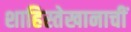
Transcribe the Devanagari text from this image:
शाहिस्तेखानाचीं